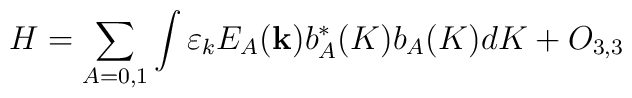
H=\sum_{A=0,1}^{{}}\int \varepsilon _{k}E_{A}({\bf k})b_{A}^{\ast}(K)b_{A}(K)dK+O_{3,3}